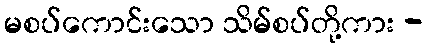
မစပ်ကောင်းသော သိမ်စပ်တို့ကား -